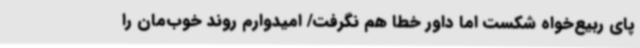
پای ربیع‌خواه شکست اما داور خطا هم نگرفت/ امیدوارم روند خوب‌مان را